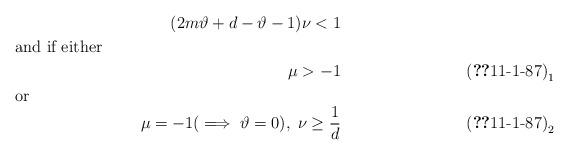
LaTeX: \begin{align*}(2m\vartheta +d-\vartheta -1)\nu <1\shortintertext{and if either}\mu >-1\tag*{$\textup{(\ref*{11-1-87})}_1$}\shortintertext{or}\mu =-1(\implies \vartheta =0),\; \nu \ge {\frac{1}{d}}\tag*{$\textup{(\ref*{11-1-87})}_2$}\end{align*}